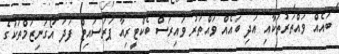
ބައެއް ވައްތަރުތަކާއި އަދި ބައެއް ވައްތަރު ވައިރަސް ބެކްޓީރިއާ ޕަރަސައިޓް ފަދަ އޯގަނިޒަމްތަކުގެ